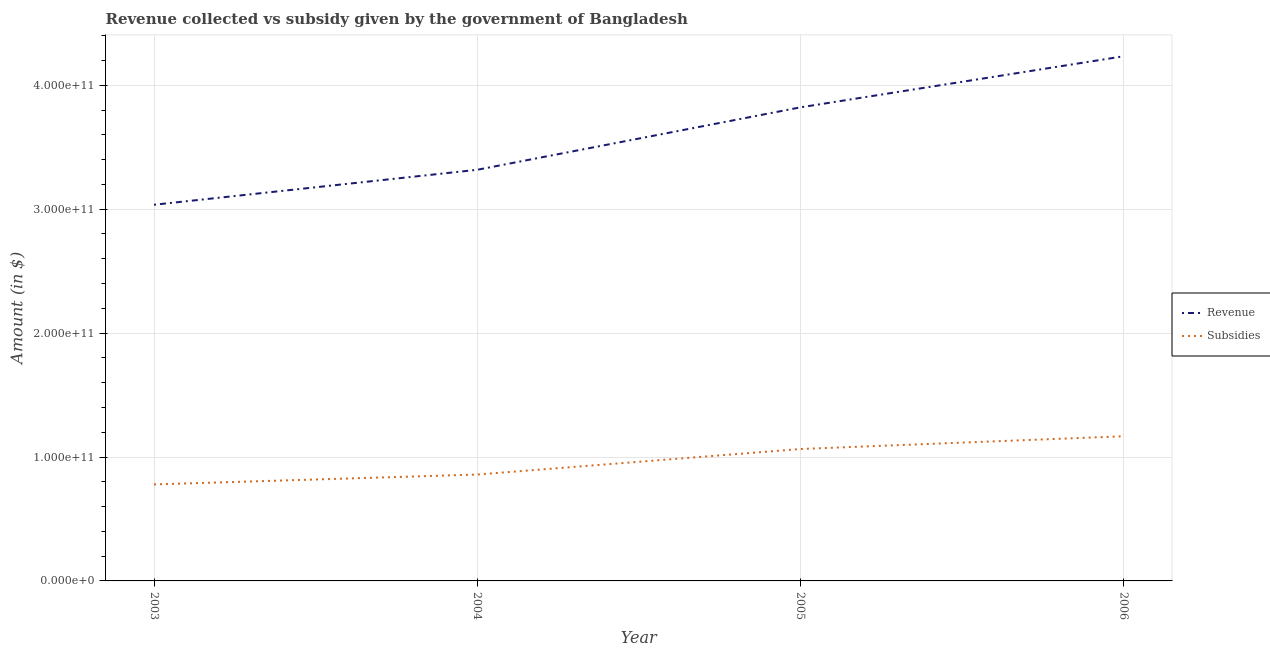
| Year | Revenue | Subsidies |
 | --- | --- | --- |
 | 2003 | 3.04e+11 | 7.79e+10 |
 | 2004 | 3.32e+11 | 8.59e+10 |
 | 2005 | 3.82e+11 | 1.06e+11 |
 | 2006 | 4.23e+11 | 1.17e+11 |